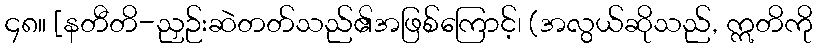
၄၈။ [နတီတိ-ညှဉ်းဆဲတတ်သည်၏အဖြစ်ကြောင့်၊ (အလွယ်ဆိုသည်, ဣတိကို